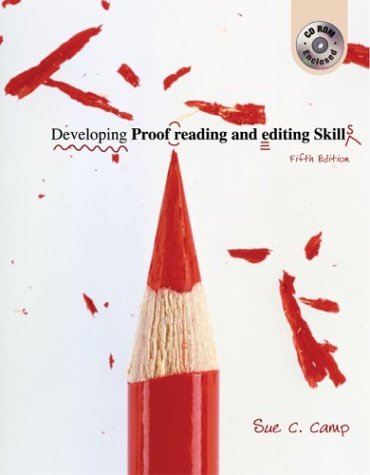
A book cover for Developing Proofreading and Editing Skills w/ Student CD-ROM Package; Sue C Camp; Business & Money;